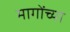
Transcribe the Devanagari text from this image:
मागोंच्या